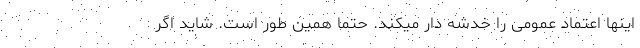
اینها اعتماد عمومی را خدشه دار میکند. حتما همین طور است. شاید اگر